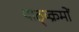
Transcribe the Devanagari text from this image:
पाठ्य्क्रमों